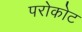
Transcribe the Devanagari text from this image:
परोकोट